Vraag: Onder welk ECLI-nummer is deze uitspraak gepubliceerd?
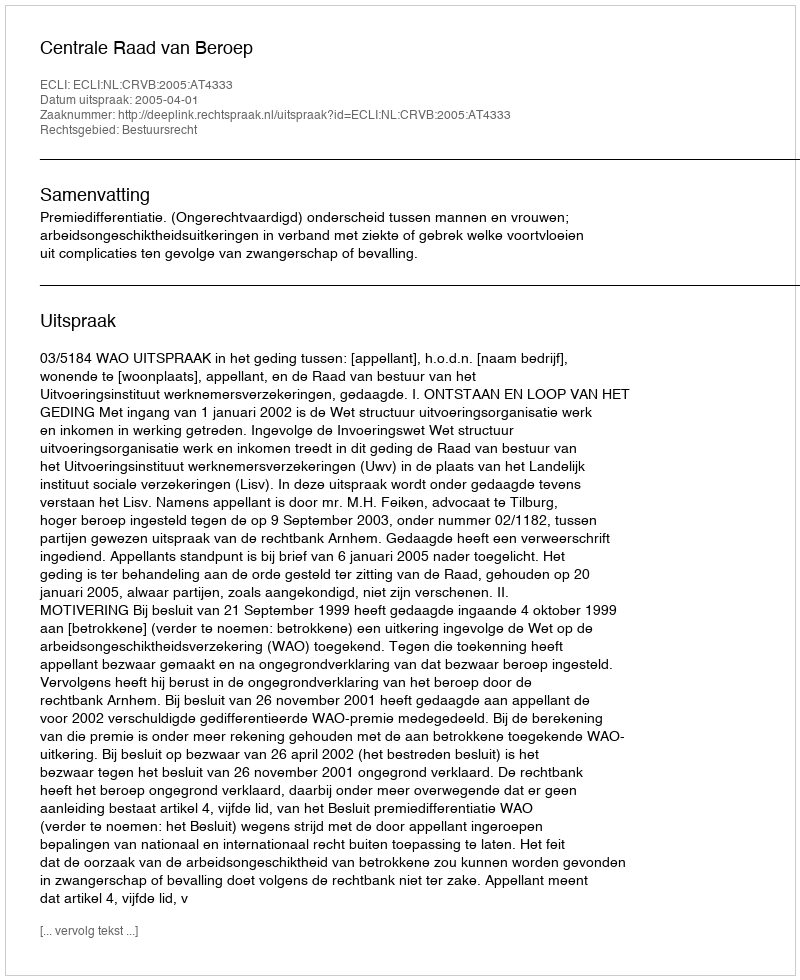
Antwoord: ECLI:NL:CRVB:2005:AT4333